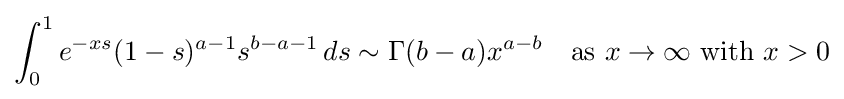
\int _{0}^{1}e^{-xs}(1-s)^{a-1}s^{b-a-1}\,ds\sim \Gamma (b-a)x^{a-b}\quad {\text{as }}x\to \infty {\text{ with }}x>0